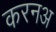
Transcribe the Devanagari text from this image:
करनअ